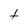
Character: t